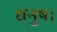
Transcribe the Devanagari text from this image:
धनुष।